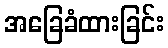
အခြေခံထားခြင်း